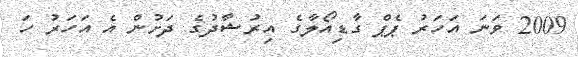
2009 ވަނަ އަހަރު ޕެޕް ގާޑިއޯލާގެ އިރުޝާދުގެ ދަށުން އެ އަހަރު ހަ